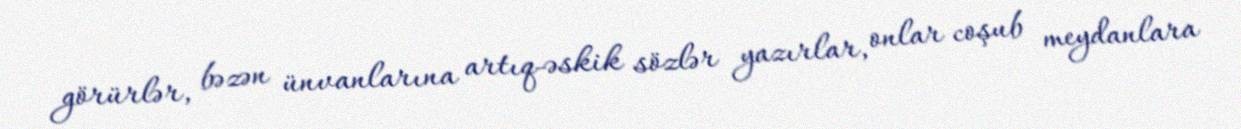
görürlər, bəzən ünvanlarına artıq-əskik sözlər yazırlar, onlar coşub meydanlara